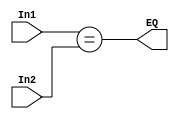
module COMPARATOR(
    input [31:0] In1, In2,
    output EQ
);
    assign EQ = (In1 == In2);
endmodule